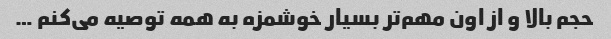
حجم بالا و از اون مهم‌تر بسیار خوشمزه به همه توصیه می‌کنم …